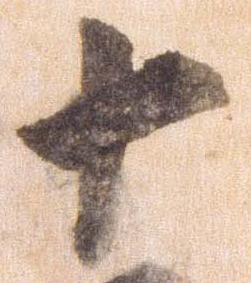
十